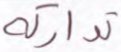
تداركه